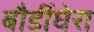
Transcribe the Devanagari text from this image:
बौर्डीघेरा